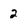
Character: 2